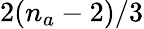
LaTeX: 2(n_{a}-2)/3